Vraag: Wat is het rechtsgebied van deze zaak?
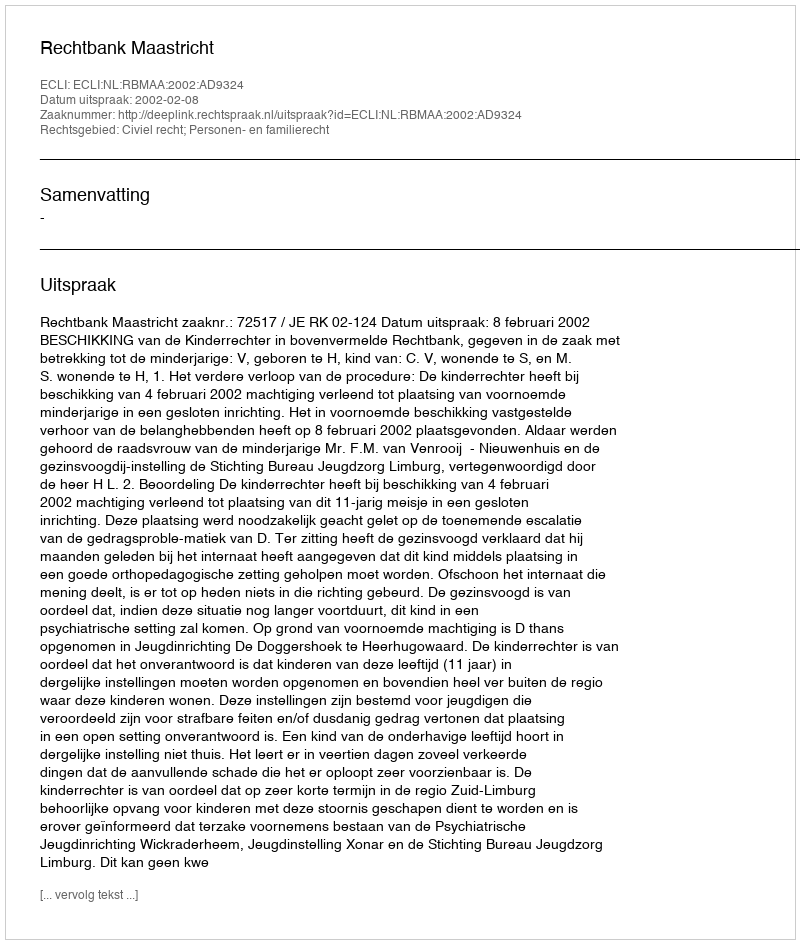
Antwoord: Civiel recht; Personen- en familierecht